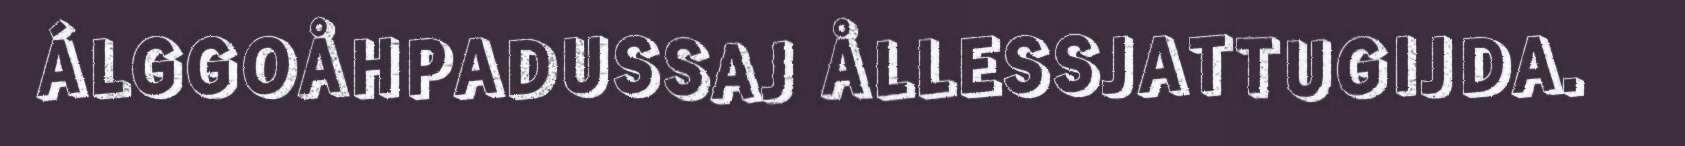
ÁLGGOÅHPADUSSAJ ÅLLESSJATTUGIJDA.